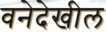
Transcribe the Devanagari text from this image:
वनेदेखील